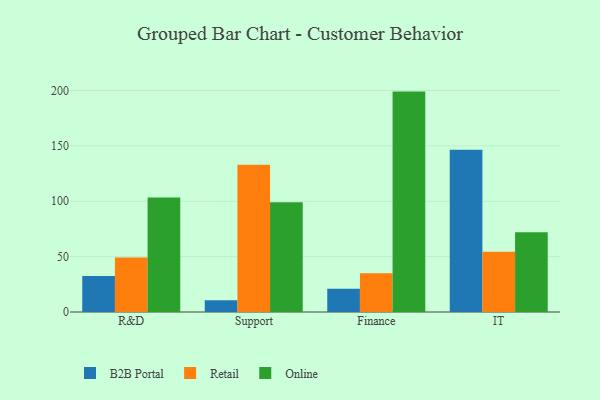
{"axis": {"x": "Department", "y": "Humidity (%)"}, "legend": ["B2B Portal", "Online", "Retail"], "data": [{"x": "R&D", "y": 32.4, "type": "B2B Portal"}, {"x": "R&D", "y": 49.3, "type": "Retail"}, {"x": "R&D", "y": 103.3, "type": "Online"}, {"x": "Support", "y": 10.6, "type": "B2B Portal"}, {"x": "Support", "y": 133.0, "type": "Retail"}, {"x": "Support", "y": 99.2, "type": "Online"}, {"x": "Finance", "y": 20.9, "type": "B2B Portal"}, {"x": "Finance", "y": 34.9, "type": "Retail"}, {"x": "Finance", "y": 199.0, "type": "Online"}, {"x": "IT", "y": 146.6, "type": "B2B Portal"}, {"x": "IT", "y": 54.5, "type": "Retail"}, {"x": "IT", "y": 72.1, "type": "Online"}]}